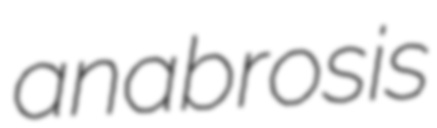
anabrosis